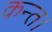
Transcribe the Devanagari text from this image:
कन्‍त।